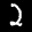
Label: 2